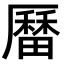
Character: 𪠚